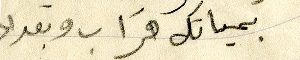
بحياتك قراب وبعداد